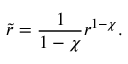
\tilde { r } = \frac { 1 } { 1 - \chi } r ^ { 1 - \chi } .